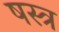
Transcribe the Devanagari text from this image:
षस्त्र